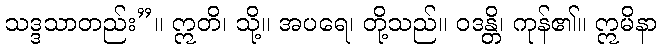
သဒ္ဒသာတည်း”။ ဣတိ၊ သို့။ အပရေ၊ တို့သည်။ ဝဒန္တိ၊ ကုန်၏။ ဣမိနာ